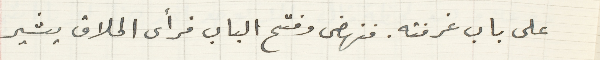
على باب غرفته. فنهضى وفتح الباب فرأى الحلاق يشير